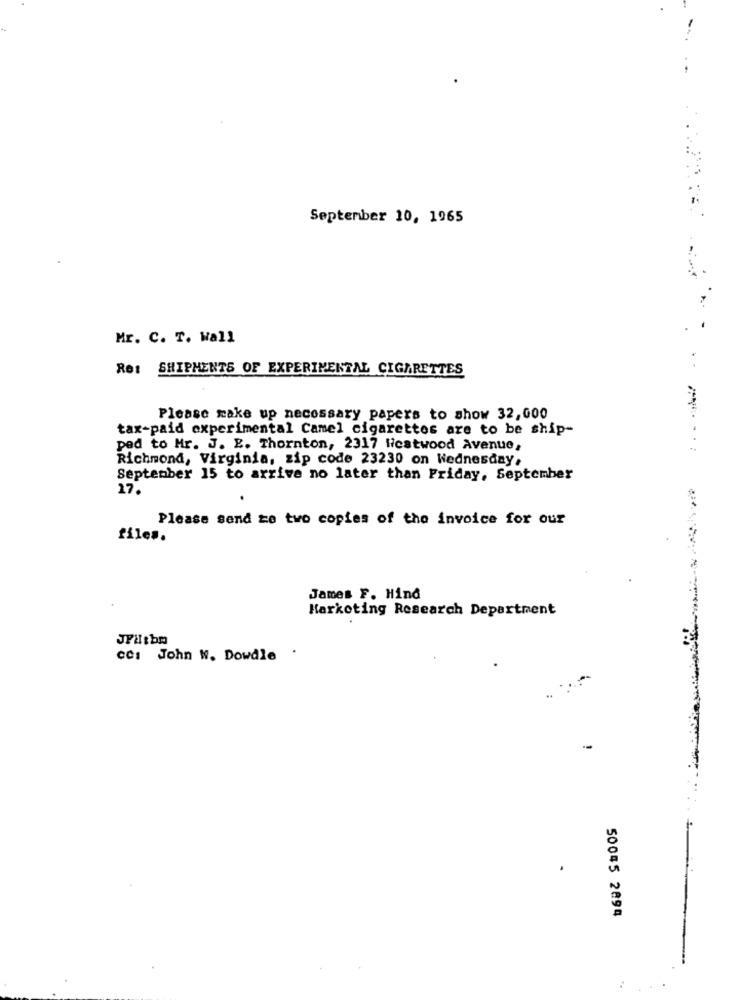
September 10, 1965
Mr. C. T. Wall
Re: SHIPMENTS OF EXPERIMENTAL CIGARETTES
Please make up necessary papers to show 32,000
tax-paid experimental Camel cigarettes are to be ship-
ped to Mr. J. E. Thornton, 2317 Hicatwood Avenue,
Richmond, Virginia, zip code 23230 on Wednesday,
September 15 to arrive no later than Friday, September
27.
Please send ze two copies of the invoice for our
files.
James F. Hind
Marketing Research Department
cc: John W. Dowdle .
50045 2894